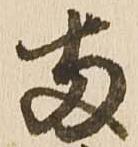
両